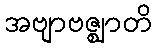
အဗျာဗဇ္ဈာတိ